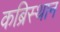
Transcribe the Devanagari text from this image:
कब्रिस्थान